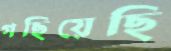
গছিয়েছি